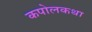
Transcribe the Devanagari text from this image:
कपोलकथा